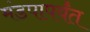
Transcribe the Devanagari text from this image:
मंडपापर्यंत